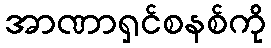
အာဏာရှင်စနစ်ကို